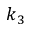
k _ { 3 }